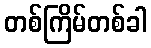
တစ်ကြိမ်တစ်ခါ